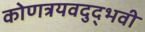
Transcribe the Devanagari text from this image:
कोणत्रयवदुद्भवी